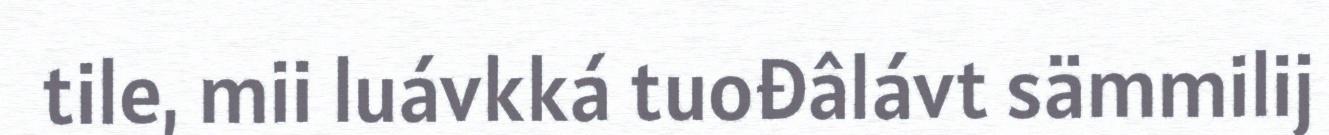
tile, mii luávkká tuođâlávt sämmilij